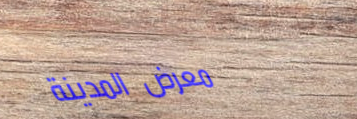
معرض المدينة